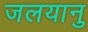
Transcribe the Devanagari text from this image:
जलयानु